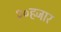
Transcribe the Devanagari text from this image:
२०हजार